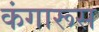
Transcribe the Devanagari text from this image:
कंगारूस